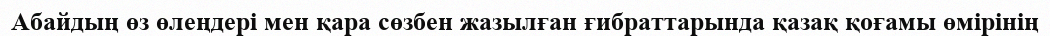
Абайдың өз өлеңдері мен қара сөзбен жазылған ғибраттарында қазақ қоғамы өмірінің